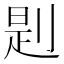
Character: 㓳